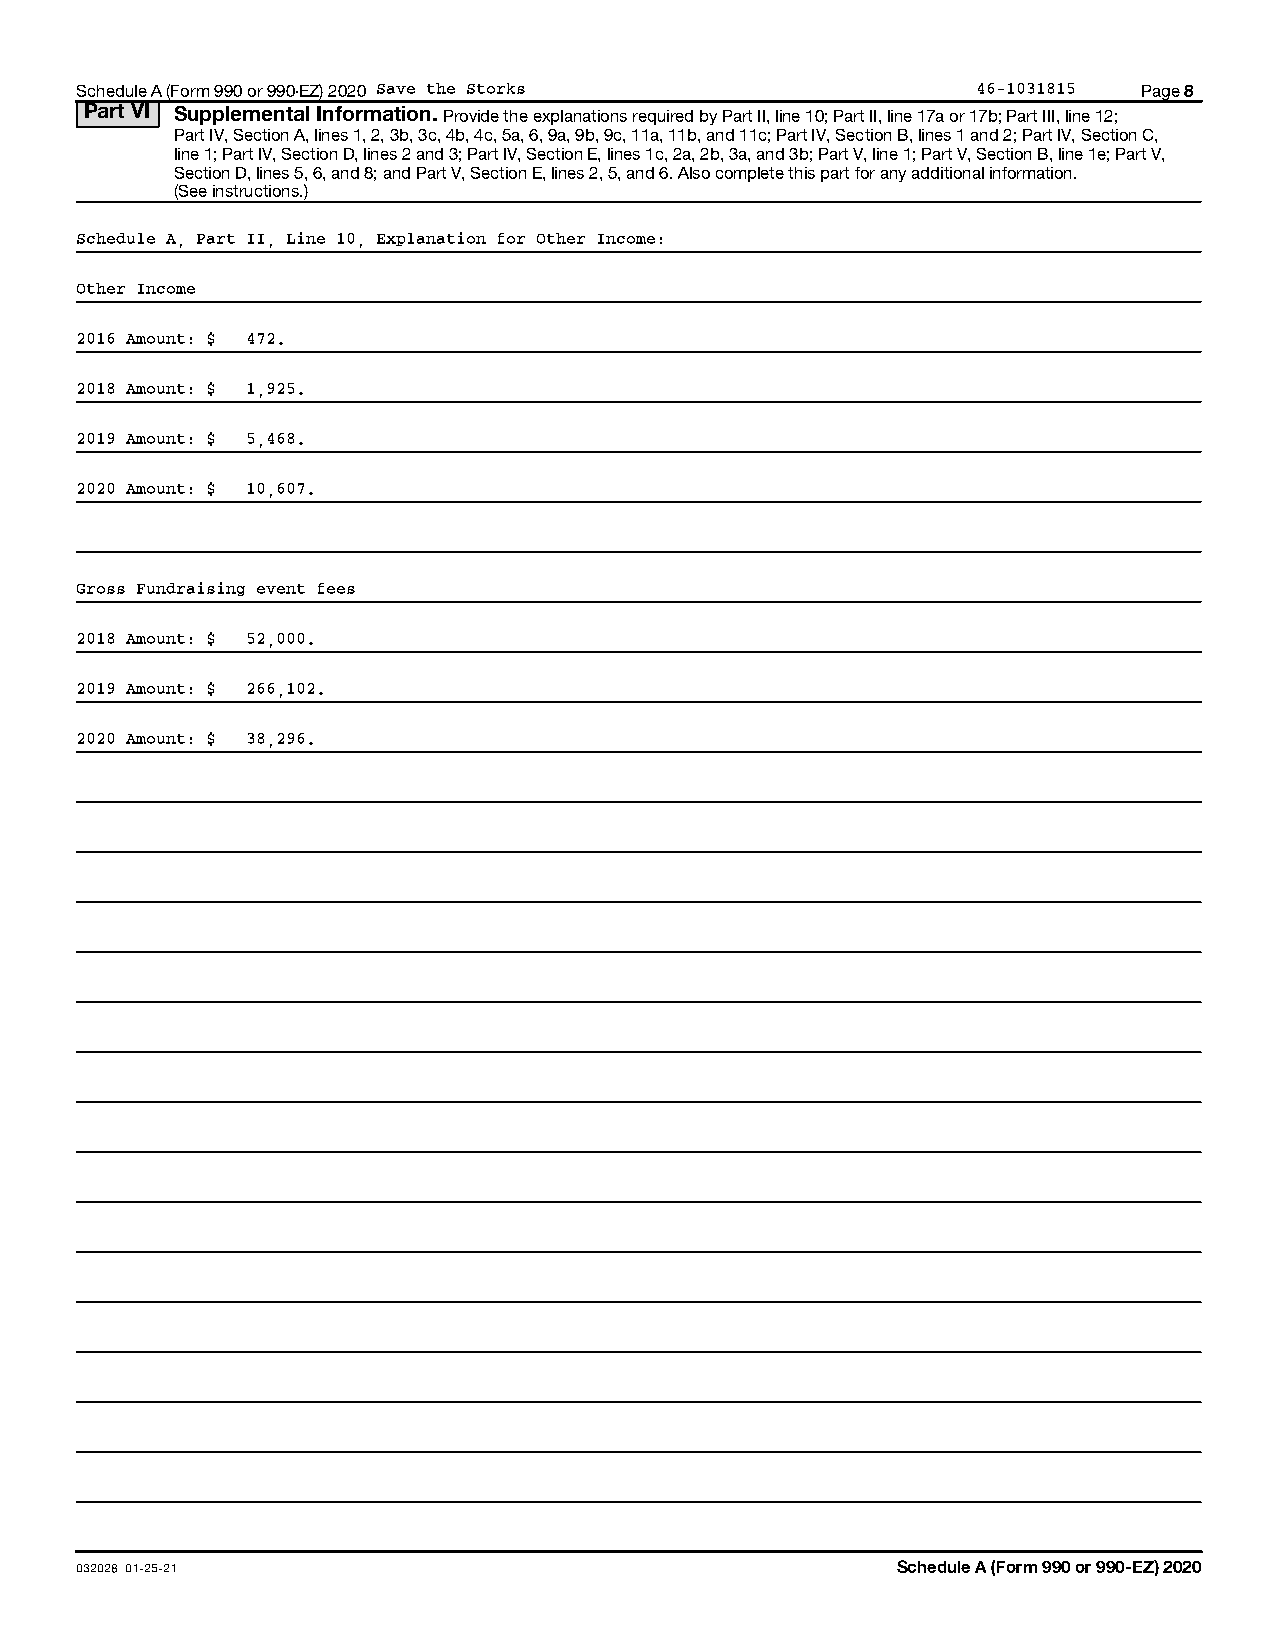
Schedule A (Form 990 or 990-EZ) 2020 Save the Storks        46-1031815 Page 8
 Part VI Supplemental Information. Provide the explanations required by Part II, line 10; Part II, line 17a or 17b; Part III, line 12;
 Part IV, Section A, lines 1, 2, 3b, 3c, 4b, 4c, 5a, 6, 9a, 9b, 9c, 11a, 11b, and 11c; Part IV, Section B, lines 1 and 2; Part IV, Section C,
 line 1; Part IV, Section D, lines 2 and 3; Part IV, Section E, lines 1c, 2a, 2b, 3a, and 3b; Part V, line 1; Part V, Section B, line 1e; Part V,
 Section D, lines 5, 6, and 8; and Part V, Section E, lines 2, 5, and 6. Also complete this part for any additional information.
 (See instructions.)
 Schedule A, Part II, Line 10, Explanation for Other Income:
 Other Income
 2016 Amount: $ 472.
 2018 Amount: $ 1,925.
 2019 Amount: $ 5,468.
 2020 Amount: $ 10,607.
 Gross Fundraising event fees
 2018 Amount: $ 52,000.
 2019 Amount: $ 266,102.
 2020 Amount: $ 38,296.
 032028 01-25-21                                       Schedule A (Form 990 or 990-EZ) 2020